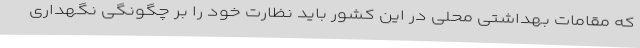
که مقامات بهداشتی محلی در این کشور باید نظارت خود را بر چگونگی نگهداری